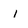
Character: i